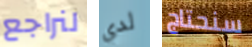
لنراجع لدي سنحتاج